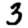
Digit: 3